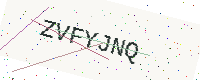
Text: ZVFYJNQ